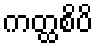
ကတ္ထစိပိ